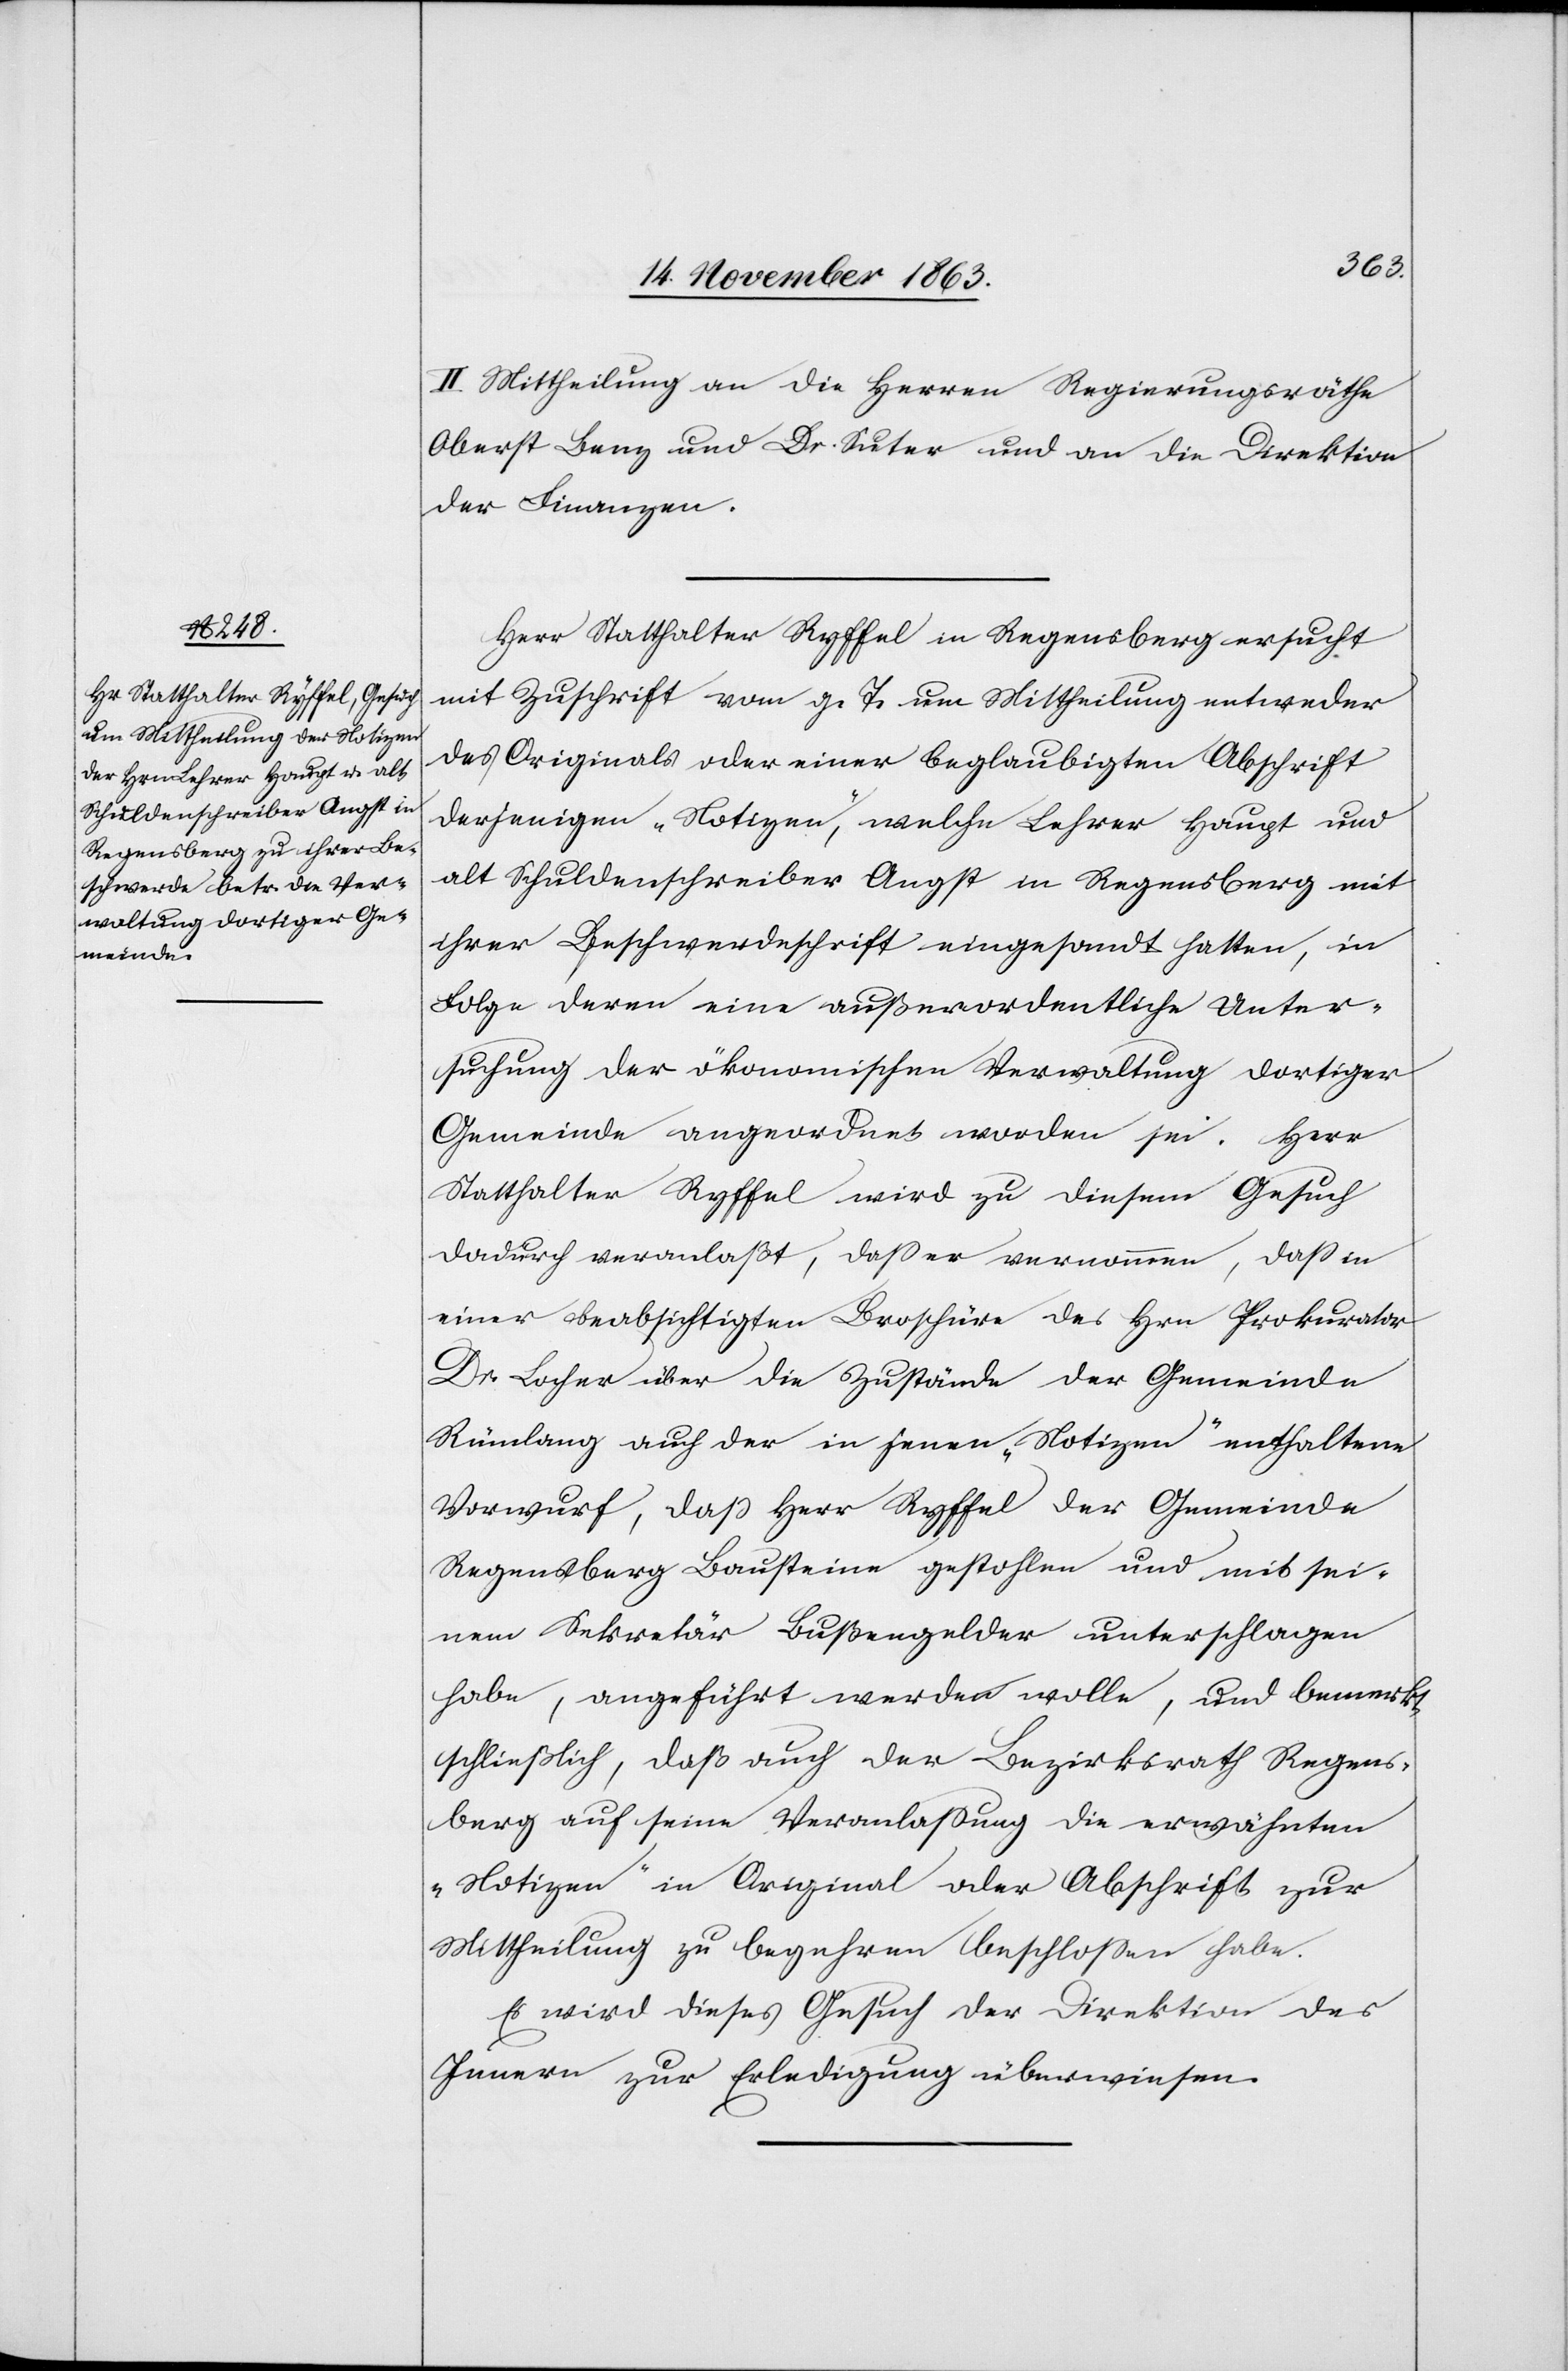
II. Mittheilung an die Herren Regierungsräthe
Oberst Benz und Dr. Suter und an die Direktion
der Finanzen.
Herr Statthalter Ryffel in Regensberg ersucht
mit Zuschrift vom g. T. um Mittheilung entweder
des Originals oder einer beglaubigten Abschrift
derjenigen „Notizen“, welche Lehrer Haupt und
alt Schuldenschreiber Angst in Regensberg mit
ihrer Beschwerdeschrift eingesandt hatten, in
Folge deren eine außerordentliche Unter¬
suchung der ökonomischen Verwaltung dortiger
Gemeinde angeordnet worden sei. Herr
Statthalter Ryffel wird zu diesem Gesuch
dadurch veranlaßt, dass er vernommen, dass in
einer beabsichtigten Broschüre des Hrn Prokurator
Dr. Locher über die Zustände der Gemeinde
Rümlang auch der in jenen „Notizen“ enthaltene
Vorwurf, dass Herr Ryffel der Gemeinde
Regensberg Bausteine gestohlen und mit sei¬
nem Sekretär Bußengelder unterschlagen
habe, angeführt werden wolle, und bemerkt
schließlich, daß auch der Bezirksrath Regens¬
berg auf seine Veranlassung die erwähnten
„Notizen“ in Original oder Abschrift zur
Mittheilung zu begehren beschlossen habe.
Es wird dieses Gesuch der Direktion des
Innern zur Erledigung überwiesen.